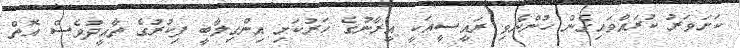
ކަށަވަރު ކުރައްވައިގެން ހުންނެވި ރައީސީއަކީ އީރާނުގެ ހަރުކަށި އިންގިލާބީ ފިކުރުގެ ތާއީދުވެސް އޮތް